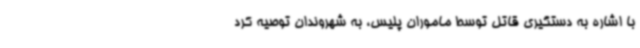
با اشاره به دستگیری قاتل توسط ماموران پلیس، به شهروندان توصیه کرد